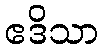
ဧဒိသာ